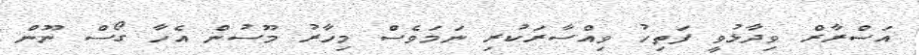
އަސްރާރް ވިދާޅުވީ ފަތިހު ވިއްސާރަކުރި ނަމަވެސް މިހާރު މޫސުން އެހާ ގޯސް ނޫން